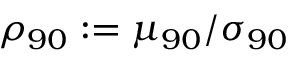
\rho _ { 9 0 } : = \mu _ { 9 0 } / \sigma _ { 9 0 }